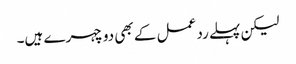
لیکن پہلے رد عمل کے بھی دو چہرے ہیں۔